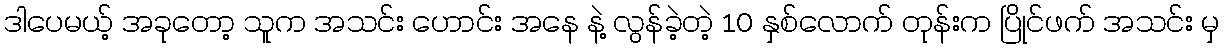
ဒါပေမယ့် အခုတော့ သူက အသင်း ဟောင်း အနေ နဲ့ လွန်ခဲ့တဲ့ 10 နှစ်လောက် တုန်းက ပြိုင်ဖက် အသင်း မှ